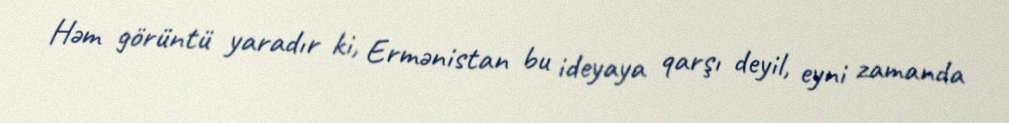
Həm görüntü yaradır ki, Ermənistan bu ideyaya qarşı deyil, eyni zamanda